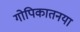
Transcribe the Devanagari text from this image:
गोपिकातनया